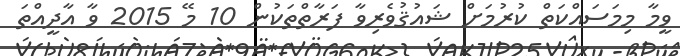
ވީމާ މިމަސައްކަތް ކުރުމަށް ޝައުޤުވެރިވާ ފަރާތްތަކުން 10 މޭ 2015 ވާ އާދީއްތަ